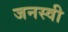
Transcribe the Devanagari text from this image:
जनस्वी